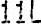
11L